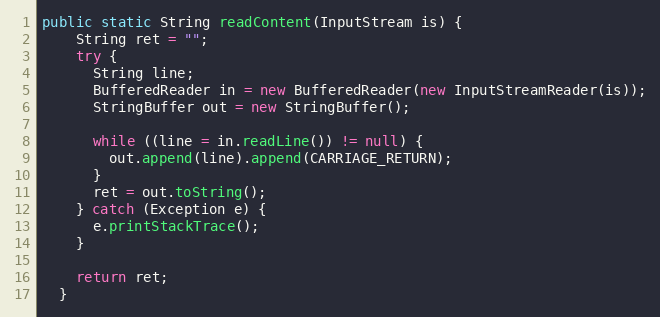
Language: Java
public static String readContent(InputStream is) {
    String ret = "";
    try {
      String line;
      BufferedReader in = new BufferedReader(new InputStreamReader(is));
      StringBuffer out = new StringBuffer();

      while ((line = in.readLine()) != null) {
        out.append(line).append(CARRIAGE_RETURN);
      }
      ret = out.toString();
    } catch (Exception e) {
      e.printStackTrace();
    }

    return ret;
  }